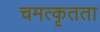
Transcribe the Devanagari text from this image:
चमत्कृतता